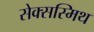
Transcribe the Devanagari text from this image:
सेक्सस्मिथ